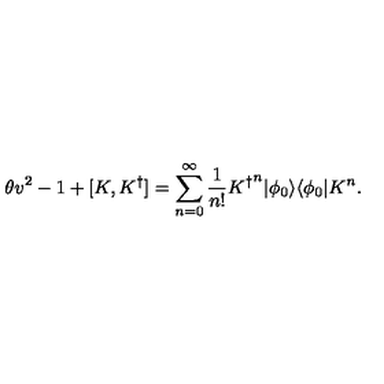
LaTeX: \theta v ^ { 2 } - 1 + [ K , { K ^ { \dagger } } ] = \displaystyle { \sum _ { n = 0 } ^ { \infty } \frac { 1 } { n ! } } { K ^ { \dagger } } ^ { n } | \phi _ { 0 } \rangle \langle \phi _ { 0 } | K ^ { n } .